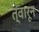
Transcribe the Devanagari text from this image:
त्वारून